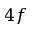
4 f